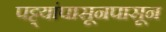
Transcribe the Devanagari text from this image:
पट्ट्यांपासूनपासून